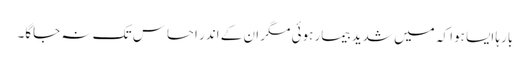
بارہا ایسا ہوا کہ میں شدید بیمار ہوئی مگر ان کے اندر احساس تک نہ جاگا۔